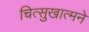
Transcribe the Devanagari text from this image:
चित्सुखात्मने